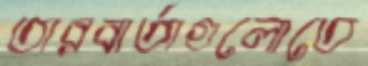
তারবার্তাগুলোতে